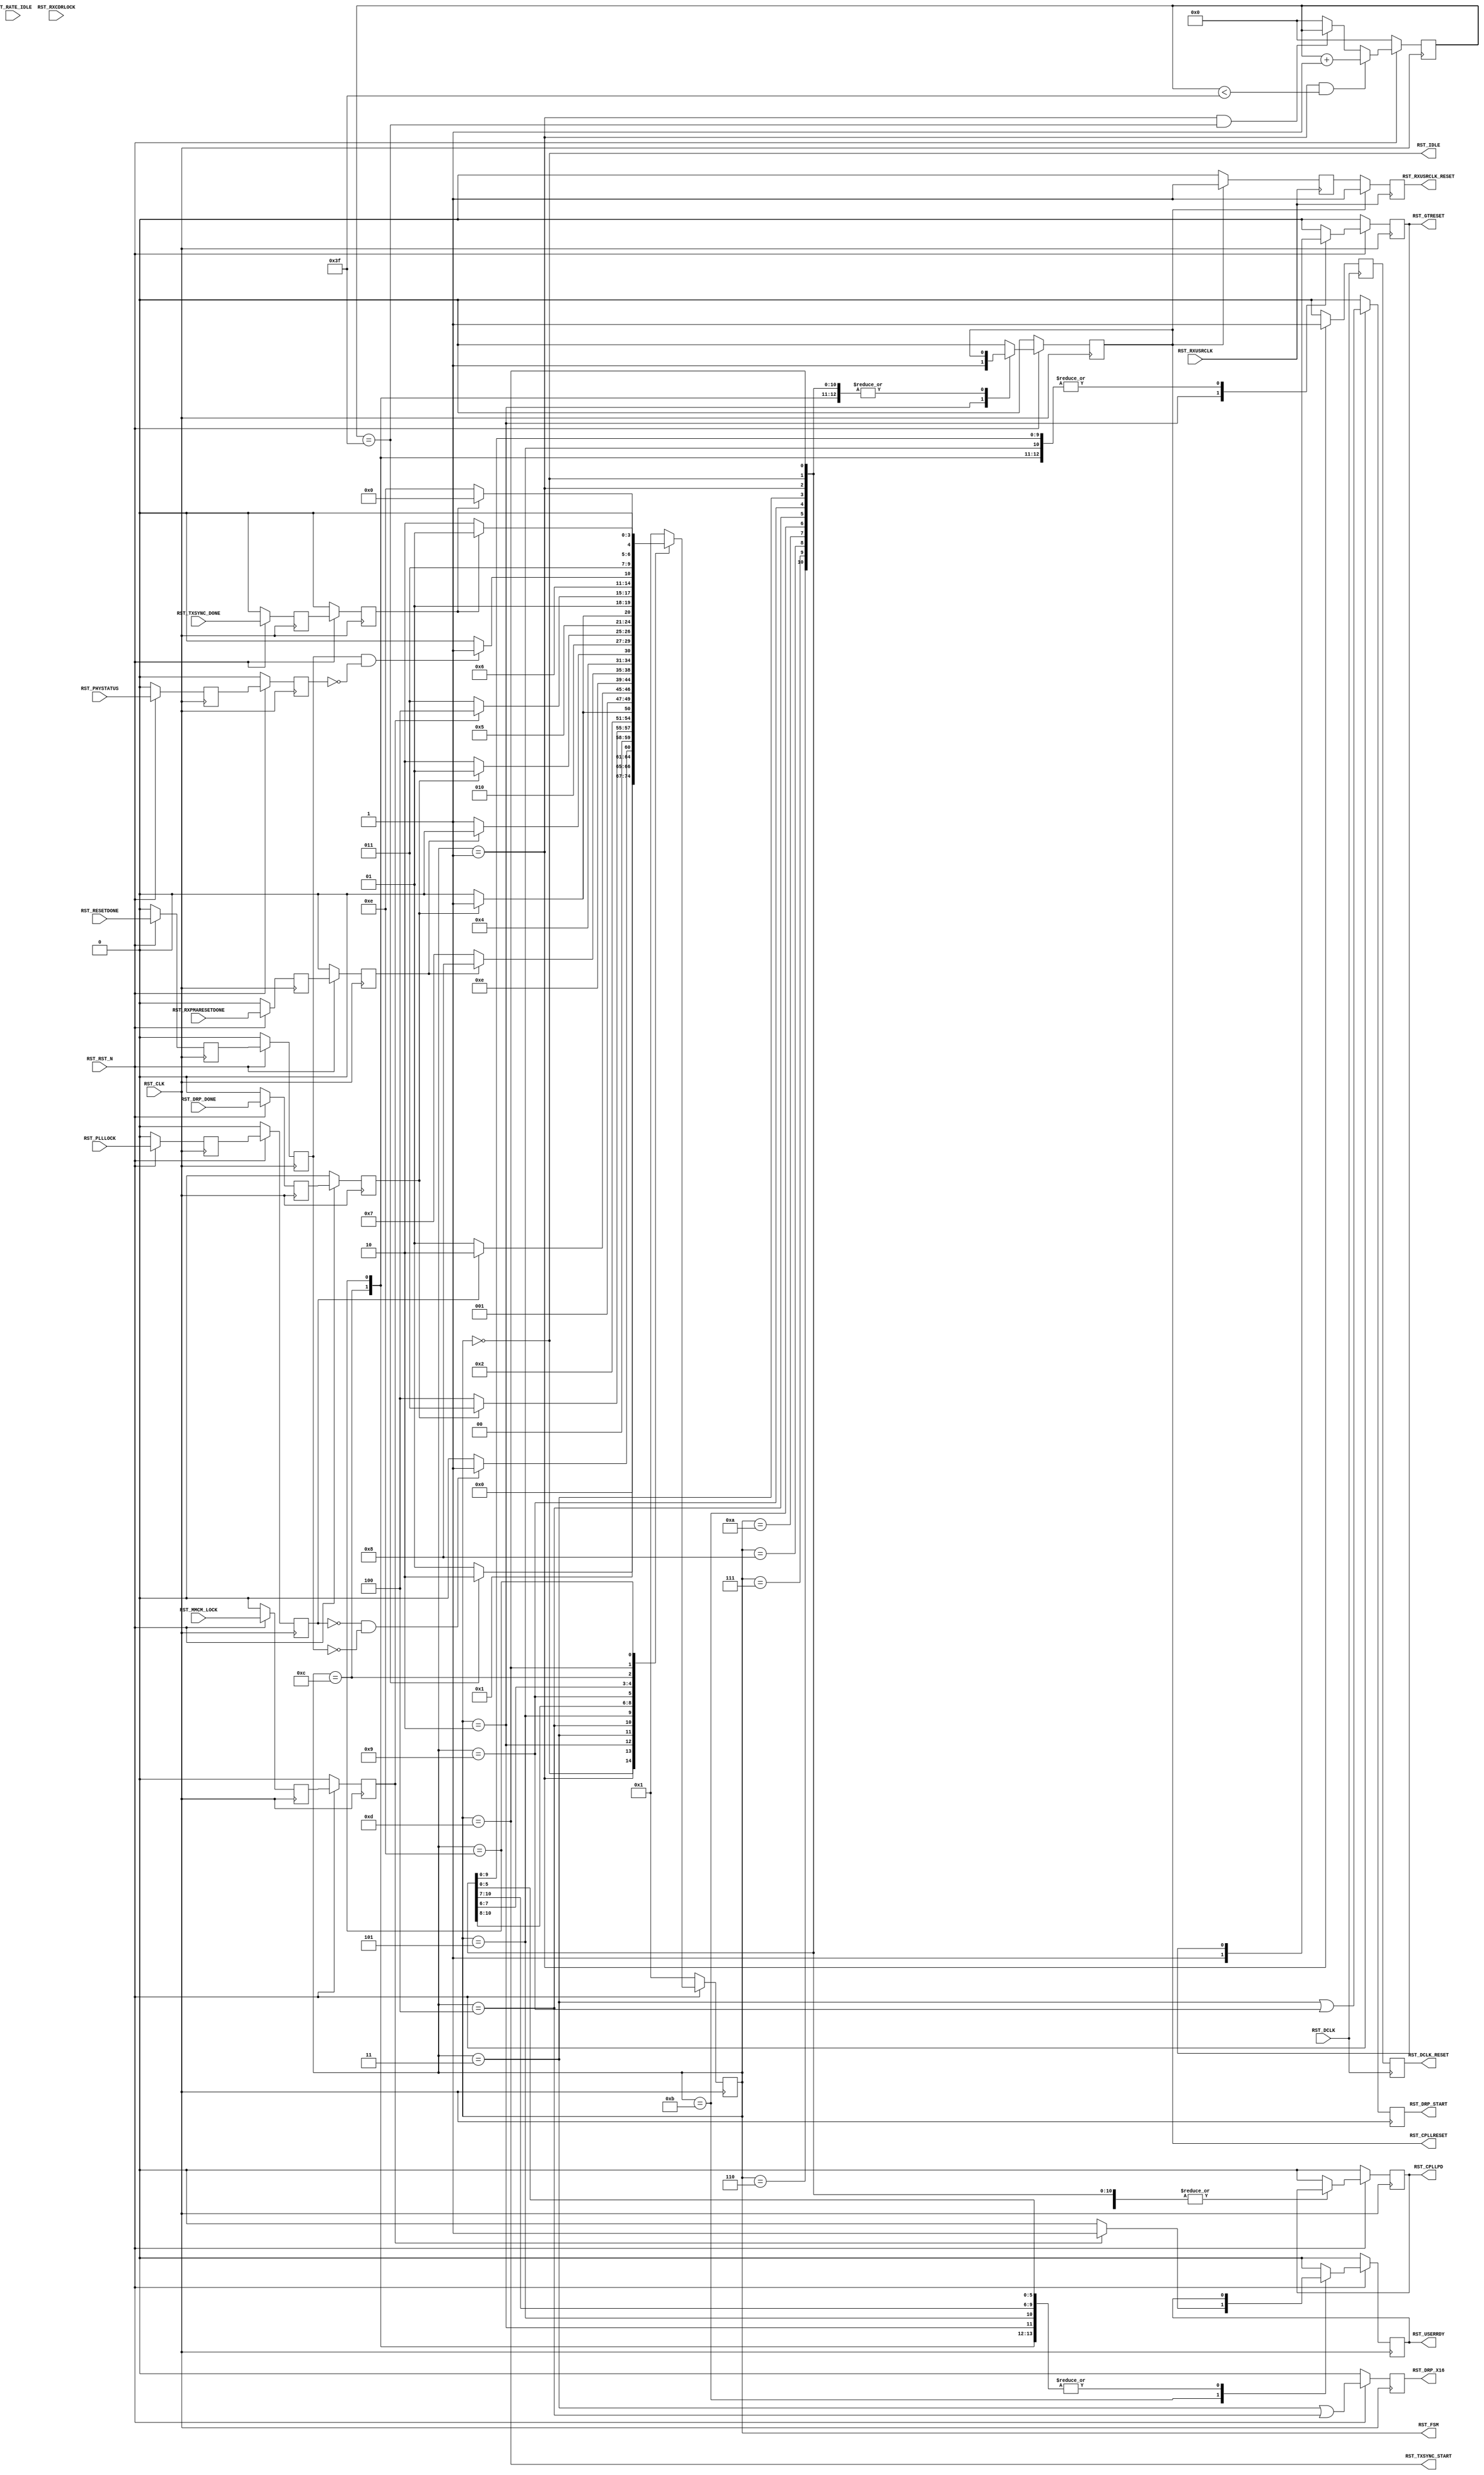
//-----------------------------------------------------------------------------
//
// (c) Copyright 2010-2011 Xilinx, Inc. All rights reserved.
//
// This file contains confidential and proprietary information
// of Xilinx, Inc. and is protected under U.S. and
// international copyright and other intellectual property
// laws.
//
// DISCLAIMER
// This disclaimer is not a license and does not grant any
// rights to the materials distributed herewith. Except as
// otherwise provided in a valid license issued to you by
// Xilinx, and to the maximum extent permitted by applicable
// law: (1) THESE MATERIALS ARE MADE AVAILABLE "AS IS" AND
// WITH ALL FAULTS, AND XILINX HEREBY DISCLAIMS ALL WARRANTIES
// AND CONDITIONS, EXPRESS, IMPLIED, OR STATUTORY, INCLUDING
// BUT NOT LIMITED TO WARRANTIES OF MERCHANTABILITY, NON-
// INFRINGEMENT, OR FITNESS FOR ANY PARTICULAR PURPOSE; and
// (2) Xilinx shall not be liable (whether in contract or tort,
// including negligence, or under any other theory of
// liability) for any loss or damage of any kind or nature
// related to, arising under or in connection with these
// materials, including for any direct, or any indirect,
// special, incidental, or consequential loss or damage
// (including loss of data, profits, goodwill, or any type of
// loss or damage suffered as a result of any action brought
// by a third party) even if such damage or loss was
// reasonably foreseeable or Xilinx had been advised of the
// possibility of the same.
//
// CRITICAL APPLICATIONS
// Xilinx products are not designed or intended to be fail-
// safe, or for use in any application requiring fail-safe
// performance, such as life-support or safety devices or
// systems, Class III medical devices, nuclear facilities,
// applications related to the deployment of airbags, or any
// other applications that could lead to death, personal
// injury, or severe property or environmental damage
// (individually and collectively, "Critical
// Applications"). Customer assumes the sole risk and
// liability of any use of Xilinx products in Critical
// Applications, subject only to applicable laws and
// regulations governing limitations on product liability.
//
// THIS COPYRIGHT NOTICE AND DISCLAIMER MUST BE RETAINED AS
// PART OF THIS FILE AT ALL TIMES.
//
//-----------------------------------------------------------------------------
// Project    : Series-7 Integrated Block for PCI Express
// Version    : 3.3
//------------------------------------------------------------------------------
//  Description  :  GTP PIPE Reset Module for 7 Series Transceiver
//  Version      :  19.0
//------------------------------------------------------------------------------



`timescale 1ns / 1ps



//---------- PIPE Reset Module -------------------------------------------------
(* DowngradeIPIdentifiedWarnings = "yes" *)
module pcie_7x_0_gtp_pipe_reset #
(

    //---------- Global ------------------------------------
    parameter PCIE_SIM_SPEEDUP = "FALSE",                   // PCIe sim speedup 
    parameter PCIE_LANE        = 1,                         // PCIe number of lanes
    //---------- Local -------------------------------------
    parameter CFG_WAIT_MAX     = 6'd63,                     // Configuration wait max
    parameter BYPASS_RXCDRLOCK = 1                          // Bypass RXCDRLOCK

)

(

    //---------- Input -------------------------------------
    input                           RST_CLK,
    input                           RST_RXUSRCLK,
    input                           RST_DCLK,
    input                           RST_RST_N,
    input       [PCIE_LANE-1:0]     RST_DRP_DONE,
    input       [PCIE_LANE-1:0]     RST_RXPMARESETDONE,
    input                           RST_PLLLOCK,
    input       [PCIE_LANE-1:0]     RST_RATE_IDLE,
    input       [PCIE_LANE-1:0]     RST_RXCDRLOCK,
    input                           RST_MMCM_LOCK,
    input       [PCIE_LANE-1:0]     RST_RESETDONE,
    input       [PCIE_LANE-1:0]     RST_PHYSTATUS,
    input       [PCIE_LANE-1:0]     RST_TXSYNC_DONE,
    
    //---------- Output ------------------------------------
    output                          RST_CPLLRESET,
    output                          RST_CPLLPD,
    output reg                      RST_DRP_START,
    output reg                      RST_DRP_X16,
    output                          RST_RXUSRCLK_RESET,
    output                          RST_DCLK_RESET,
    output                          RST_GTRESET,
    output                          RST_USERRDY,
    output                          RST_TXSYNC_START,
    output                          RST_IDLE,
    output      [ 4:0]              RST_FSM

);

    //---------- Input Register ----------------------------
(* ASYNC_REG = "TRUE", SHIFT_EXTRACT = "NO" *)    reg         [PCIE_LANE-1:0]     drp_done_reg1;
(* ASYNC_REG = "TRUE", SHIFT_EXTRACT = "NO" *)    reg         [PCIE_LANE-1:0]     rxpmaresetdone_reg1;
(* ASYNC_REG = "TRUE", SHIFT_EXTRACT = "NO" *)    reg                             plllock_reg1;
(* ASYNC_REG = "TRUE", SHIFT_EXTRACT = "NO" *)    reg         [PCIE_LANE-1:0]     rate_idle_reg1;
(* ASYNC_REG = "TRUE", SHIFT_EXTRACT = "NO" *)    reg         [PCIE_LANE-1:0]     rxcdrlock_reg1;
(* ASYNC_REG = "TRUE", SHIFT_EXTRACT = "NO" *)    reg                             mmcm_lock_reg1;
(* ASYNC_REG = "TRUE", SHIFT_EXTRACT = "NO" *)    reg         [PCIE_LANE-1:0]     resetdone_reg1;
(* ASYNC_REG = "TRUE", SHIFT_EXTRACT = "NO" *)    reg         [PCIE_LANE-1:0]     phystatus_reg1;
(* ASYNC_REG = "TRUE", SHIFT_EXTRACT = "NO" *)    reg         [PCIE_LANE-1:0]     txsync_done_reg1;  
    
(* ASYNC_REG = "TRUE", SHIFT_EXTRACT = "NO" *)    reg         [PCIE_LANE-1:0]     drp_done_reg2;
(* ASYNC_REG = "TRUE", SHIFT_EXTRACT = "NO" *)    reg         [PCIE_LANE-1:0]     rxpmaresetdone_reg2;
(* ASYNC_REG = "TRUE", SHIFT_EXTRACT = "NO" *)    reg                             plllock_reg2;
(* ASYNC_REG = "TRUE", SHIFT_EXTRACT = "NO" *)    reg         [PCIE_LANE-1:0]     rate_idle_reg2;
(* ASYNC_REG = "TRUE", SHIFT_EXTRACT = "NO" *)    reg         [PCIE_LANE-1:0]     rxcdrlock_reg2;
(* ASYNC_REG = "TRUE", SHIFT_EXTRACT = "NO" *)    reg                             mmcm_lock_reg2;
(* ASYNC_REG = "TRUE", SHIFT_EXTRACT = "NO" *)    reg         [PCIE_LANE-1:0]     resetdone_reg2;
(* ASYNC_REG = "TRUE", SHIFT_EXTRACT = "NO" *)    reg         [PCIE_LANE-1:0]     phystatus_reg2;
(* ASYNC_REG = "TRUE", SHIFT_EXTRACT = "NO" *)    reg         [PCIE_LANE-1:0]     txsync_done_reg2;
    
    //---------- Internal Signal ---------------------------
    reg         [ 5:0]              cfg_wait_cnt      =  6'd0;
    
    //---------- Output Register ---------------------------
    reg                             pllreset          =  1'd0;
    reg                             pllpd             =  1'd0;
    reg                             rxusrclk_rst_reg1 =  1'd0;
    reg                             rxusrclk_rst_reg2 =  1'd0;
    reg                             dclk_rst_reg1     =  1'd0;
    reg                             dclk_rst_reg2     =  1'd0;
    reg                             gtreset           =  1'd0;
    reg                             userrdy           =  1'd0;
    reg         [ 4:0]              fsm               =  5'h1;                 
   
    //---------- FSM ---------------------------------------                                         
    localparam                      FSM_IDLE             = 5'h0; 
    localparam                      FSM_CFG_WAIT         = 5'h1;
    localparam                      FSM_PLLRESET         = 5'h2; 
    localparam                      FSM_DRP_X16_START    = 5'h3;
    localparam                      FSM_DRP_X16_DONE     = 5'h4;   
    localparam                      FSM_PLLLOCK          = 5'h5;
    localparam                      FSM_GTRESET          = 5'h6;
    localparam                      FSM_RXPMARESETDONE_1 = 5'h7; 
    localparam                      FSM_RXPMARESETDONE_2 = 5'h8; 
    localparam                      FSM_DRP_X20_START    = 5'h9;
    localparam                      FSM_DRP_X20_DONE     = 5'hA;                    
    localparam                      FSM_MMCM_LOCK        = 5'hB;  
    localparam                      FSM_RESETDONE        = 5'hC;  
    localparam                      FSM_TXSYNC_START     = 5'hD;
    localparam                      FSM_TXSYNC_DONE      = 5'hE;                                 

    

//---------- Input FF ----------------------------------------------------------
always @ (posedge RST_CLK)
begin

    if (!RST_RST_N)
        begin    
        //---------- 1st Stage FF --------------------------  
        drp_done_reg1       <= {PCIE_LANE{1'd0}};   
        rxpmaresetdone_reg1 <= {PCIE_LANE{1'd0}}; 
        plllock_reg1        <= 1'd0; 
        rate_idle_reg1      <= {PCIE_LANE{1'd0}}; 
        rxcdrlock_reg1      <= {PCIE_LANE{1'd0}}; 
        mmcm_lock_reg1      <= 1'd0; 
        resetdone_reg1      <= {PCIE_LANE{1'd0}}; 
        phystatus_reg1      <= {PCIE_LANE{1'd0}}; 
        txsync_done_reg1    <= {PCIE_LANE{1'd0}}; 
        //---------- 2nd Stage FF --------------------------
        drp_done_reg2       <= {PCIE_LANE{1'd0}};
        rxpmaresetdone_reg2 <= {PCIE_LANE{1'd0}}; 
        plllock_reg2        <= 1'd0; 
        rate_idle_reg2      <= {PCIE_LANE{1'd0}}; 
        rxcdrlock_reg2      <= {PCIE_LANE{1'd0}}; 
        mmcm_lock_reg2      <= 1'd0;
        resetdone_reg2      <= {PCIE_LANE{1'd0}}; 
        phystatus_reg2      <= {PCIE_LANE{1'd0}}; 
        txsync_done_reg2    <= {PCIE_LANE{1'd0}}; 
        end
    else
        begin  
        //---------- 1st Stage FF --------------------------   
        drp_done_reg1       <= RST_DRP_DONE; 
        rxpmaresetdone_reg1 <= RST_RXPMARESETDONE; 
        plllock_reg1        <= RST_PLLLOCK;
        rate_idle_reg1      <= RST_RATE_IDLE;
        rxcdrlock_reg1      <= RST_RXCDRLOCK;
        mmcm_lock_reg1      <= RST_MMCM_LOCK;
        resetdone_reg1      <= RST_RESETDONE;
        phystatus_reg1      <= RST_PHYSTATUS;
        txsync_done_reg1    <= RST_TXSYNC_DONE;
        //---------- 2nd Stage FF --------------------------
        drp_done_reg2       <= drp_done_reg1;
        rxpmaresetdone_reg2 <= rxpmaresetdone_reg1;
        plllock_reg2        <= plllock_reg1;
        rate_idle_reg2      <= rate_idle_reg1;
        rxcdrlock_reg2      <= rxcdrlock_reg1;
        mmcm_lock_reg2      <= mmcm_lock_reg1;
        resetdone_reg2      <= resetdone_reg1;
        phystatus_reg2      <= phystatus_reg1;
        txsync_done_reg2    <= txsync_done_reg1;   
        end
        
end    



//---------- Configuration Reset Wait Counter ----------------------------------
always @ (posedge RST_CLK)
begin

    if (!RST_RST_N)
        cfg_wait_cnt <= 6'd0;
    else
    
        //---------- Increment Configuration Reset Wait Counter
        if ((fsm == FSM_CFG_WAIT) && (cfg_wait_cnt < CFG_WAIT_MAX))
            cfg_wait_cnt <= cfg_wait_cnt + 6'd1;
            
        //---------- Hold Configuration Reset Wait Counter -
        else if ((fsm == FSM_CFG_WAIT) && (cfg_wait_cnt == CFG_WAIT_MAX))
            cfg_wait_cnt <= cfg_wait_cnt;
            
        //---------- Reset Configuration Reset Wait Counter 
        else
            cfg_wait_cnt <= 6'd0;
        
end 



//---------- PIPE Reset FSM ----------------------------------------------------
always @ (posedge RST_CLK)
begin

    if (!RST_RST_N)
        begin
        fsm      <= FSM_CFG_WAIT;
        pllreset <= 1'd0;
        pllpd    <= 1'd0;
        gtreset  <= 1'd0;
        userrdy  <= 1'd0;
        end
    else
        begin
        
        case (fsm)
            
        //---------- Idle State ----------------------------
        FSM_IDLE :
        
            begin
            if (!RST_RST_N)
                begin
                fsm      <= FSM_CFG_WAIT;
                pllreset <= 1'd0;
                pllpd    <= 1'd0;
                gtreset  <= 1'd0;
                userrdy  <= 1'd0;
                end
            else
                begin
                fsm      <= FSM_IDLE;
                pllreset <= pllreset;
                pllpd    <= pllpd;
                gtreset  <= gtreset;
                userrdy  <= userrdy;
                end
            end  
            
        //----------  Wait for Configuration Reset Delay ---
        FSM_CFG_WAIT :
          
            begin
            fsm       <= ((cfg_wait_cnt == CFG_WAIT_MAX) ? FSM_PLLRESET : FSM_CFG_WAIT);
            pllreset  <= pllreset;
            pllpd     <= pllpd;
            gtreset   <= gtreset;
            userrdy   <= userrdy;
            end 
            
        //---------- Hold PLL and GTP Channel in Reset ----
        FSM_PLLRESET :
        
            begin
            fsm       <= (((~plllock_reg2) && (&(~resetdone_reg2))) ? FSM_DRP_X16_START : FSM_PLLRESET);
            pllreset  <= 1'd1;
            pllpd     <= pllpd;
            gtreset   <= 1'd1;
            userrdy   <= userrdy;
            end  

        //---------- Start DRP x16 -------------------------
        FSM_DRP_X16_START :
            
            begin
            fsm       <= &(~drp_done_reg2) ? FSM_DRP_X16_DONE : FSM_DRP_X16_START;
            pllreset  <= pllreset;
            pllpd     <= pllpd;
            gtreset   <= gtreset;
            userrdy   <= userrdy;
            end
            
        //---------- Wait for DRP x16 Done -----------------    
        FSM_DRP_X16_DONE :
        
            begin  
            fsm       <= (&drp_done_reg2) ? FSM_PLLLOCK : FSM_DRP_X16_DONE;
            pllreset  <= pllreset;
            pllpd     <= pllpd;
            gtreset   <= gtreset;
            userrdy   <= userrdy;
            end  

        //---------- Wait for PLL Lock --------------------
        FSM_PLLLOCK :
        
            begin
            fsm       <= (plllock_reg2 ? FSM_GTRESET : FSM_PLLLOCK);
            pllreset  <= 1'd0;
            pllpd     <= pllpd;
            gtreset   <= gtreset;
            userrdy   <= userrdy;
            end

        //---------- Release GTRESET -----------------------
        FSM_GTRESET :
        
            begin
            fsm       <= FSM_RXPMARESETDONE_1;
            pllreset  <= pllreset;
            pllpd     <= pllpd;
            gtreset   <= 1'b0;
            userrdy   <= userrdy;
            end
            
        //---------- Wait for RXPMARESETDONE Assertion -----  
        FSM_RXPMARESETDONE_1 :
        
            begin
            fsm       <= (&rxpmaresetdone_reg2 || (PCIE_SIM_SPEEDUP == "TRUE")) ? FSM_RXPMARESETDONE_2 : FSM_RXPMARESETDONE_1;
            pllreset  <= pllreset;
            pllpd     <= pllpd;
            gtreset   <= gtreset;
            userrdy   <= userrdy;
            end  

        //---------- Wait for RXPMARESETDONE De-assertion --
        FSM_RXPMARESETDONE_2 :
        
            begin
            fsm       <= (&(~rxpmaresetdone_reg2) || (PCIE_SIM_SPEEDUP == "TRUE")) ? FSM_DRP_X20_START : FSM_RXPMARESETDONE_2;
            pllreset  <= pllreset;
            pllpd     <= pllpd;
            gtreset   <= gtreset;
            userrdy   <= userrdy;
            end  
            
        //---------- Start DRP x20 -------------------------
        FSM_DRP_X20_START :
            
            begin
            fsm       <= &(~drp_done_reg2) ? FSM_DRP_X20_DONE : FSM_DRP_X20_START;
            pllreset  <= pllreset;
            pllpd     <= pllpd;
            gtreset   <= gtreset;
            userrdy   <= userrdy;
            end
            
        //---------- Wait for DRP x20 Done -----------------    
        FSM_DRP_X20_DONE :
        
            begin  
            fsm       <= (&drp_done_reg2) ? FSM_MMCM_LOCK : FSM_DRP_X20_DONE;
            pllreset  <= pllreset;
            pllpd     <= pllpd;
            gtreset   <= gtreset;
            userrdy   <= userrdy;
            end      

        //---------- Wait for MMCM and RX CDR Lock ---------
        FSM_MMCM_LOCK :
        
            begin  
            if (mmcm_lock_reg2 && (&rxcdrlock_reg2 || (BYPASS_RXCDRLOCK == 1)))
                begin
                fsm       <= FSM_RESETDONE;
                pllreset  <= pllreset;
                pllpd     <= pllpd;
                gtreset   <= gtreset;
                userrdy   <= 1'd1;
                end
            else
                begin
                fsm       <= FSM_MMCM_LOCK;
                pllreset  <= pllreset;
                pllpd     <= pllpd;
                gtreset   <= gtreset;
                userrdy   <= 1'd0;
                end
            end

        //---------- Wait for [TX/RX]RESETDONE and PHYSTATUS 
        FSM_RESETDONE :
        
            begin
            fsm       <= (&resetdone_reg2 && (&(~phystatus_reg2)) ? FSM_TXSYNC_START : FSM_RESETDONE);  
            pllreset  <= pllreset;
            pllpd     <= pllpd;
            gtreset   <= gtreset;
            userrdy   <= userrdy;
            end
            
        //---------- Start TX Sync -------------------------
        FSM_TXSYNC_START :
        
            begin
            fsm       <= (&(~txsync_done_reg2) ? FSM_TXSYNC_DONE : FSM_TXSYNC_START);
            pllreset  <= pllreset;
            pllpd     <= pllpd;
            gtreset   <= gtreset;
            userrdy   <= userrdy;
            end
            
        //---------- Wait for TX Sync Done -----------------
        FSM_TXSYNC_DONE :
        
            begin
            fsm       <= (&txsync_done_reg2 ? FSM_IDLE : FSM_TXSYNC_DONE);
            pllreset  <= pllreset;
            pllpd     <= pllpd;
            gtreset   <= gtreset;
            userrdy   <= userrdy;
            end     
            
        //---------- Default State -------------------------
        default :
        
            begin
            fsm       <= FSM_CFG_WAIT;
            pllreset  <= 1'd0;
            pllpd     <= 1'd0;
            gtreset   <= 1'd0;
            userrdy   <= 1'd0;
            end

        endcase
        
        end
        
end



//---------- RXUSRCLK Reset Synchronizer ---------------------------------------
always @ (posedge RST_RXUSRCLK)
begin

    if (pllreset) 
        begin
        rxusrclk_rst_reg1 <= 1'd1;
        rxusrclk_rst_reg2 <= 1'd1;
        end
    else
        begin
        rxusrclk_rst_reg1 <= 1'd0;
        rxusrclk_rst_reg2 <= rxusrclk_rst_reg1;
        end   
          
end  

//---------- DCLK Reset Synchronizer -------------------------------------------
always @ (posedge RST_DCLK)
begin

    if (fsm == FSM_CFG_WAIT)
        begin
        dclk_rst_reg1 <= 1'd1;
        dclk_rst_reg2 <= dclk_rst_reg1;
        end
    else
        begin
        dclk_rst_reg1 <= 1'd0;
        dclk_rst_reg2 <= dclk_rst_reg1;
        end   
          
end  



//---------- PIPE Reset Output -------------------------------------------------
assign RST_CPLLRESET      = pllreset;
assign RST_CPLLPD         = pllpd;
assign RST_RXUSRCLK_RESET = rxusrclk_rst_reg2;
assign RST_DCLK_RESET     = dclk_rst_reg2;
assign RST_GTRESET        = gtreset;  
assign RST_USERRDY        = userrdy;
assign RST_TXSYNC_START   = (fsm == FSM_TXSYNC_START);
assign RST_IDLE           = (fsm == FSM_IDLE);
assign RST_FSM            = fsm;                   



//--------------------------------------------------------------------------------------------------
//  Register Output
//--------------------------------------------------------------------------------------------------
always @ (posedge RST_CLK)
begin

    if (!RST_RST_N) 
        begin
        RST_DRP_START <= 1'd0;
        RST_DRP_X16   <= 1'd0;
        end
    else
        begin
        RST_DRP_START <= (fsm == FSM_DRP_X16_START) || (fsm == FSM_DRP_X20_START); 
        RST_DRP_X16   <= (fsm == FSM_DRP_X16_START) || (fsm == FSM_DRP_X16_DONE);
        end
        
end  



endmodule